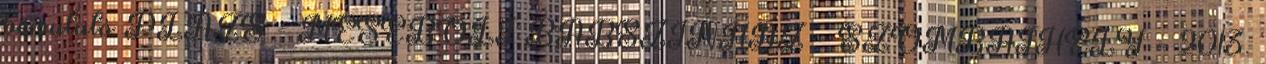
bemutató PLÁZS - MESEBOLT BÁBSZÍNHÁZ - SZOMBATHELY - 2013.